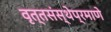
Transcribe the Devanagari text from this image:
वृत्तसंस्थेप्रमाणे